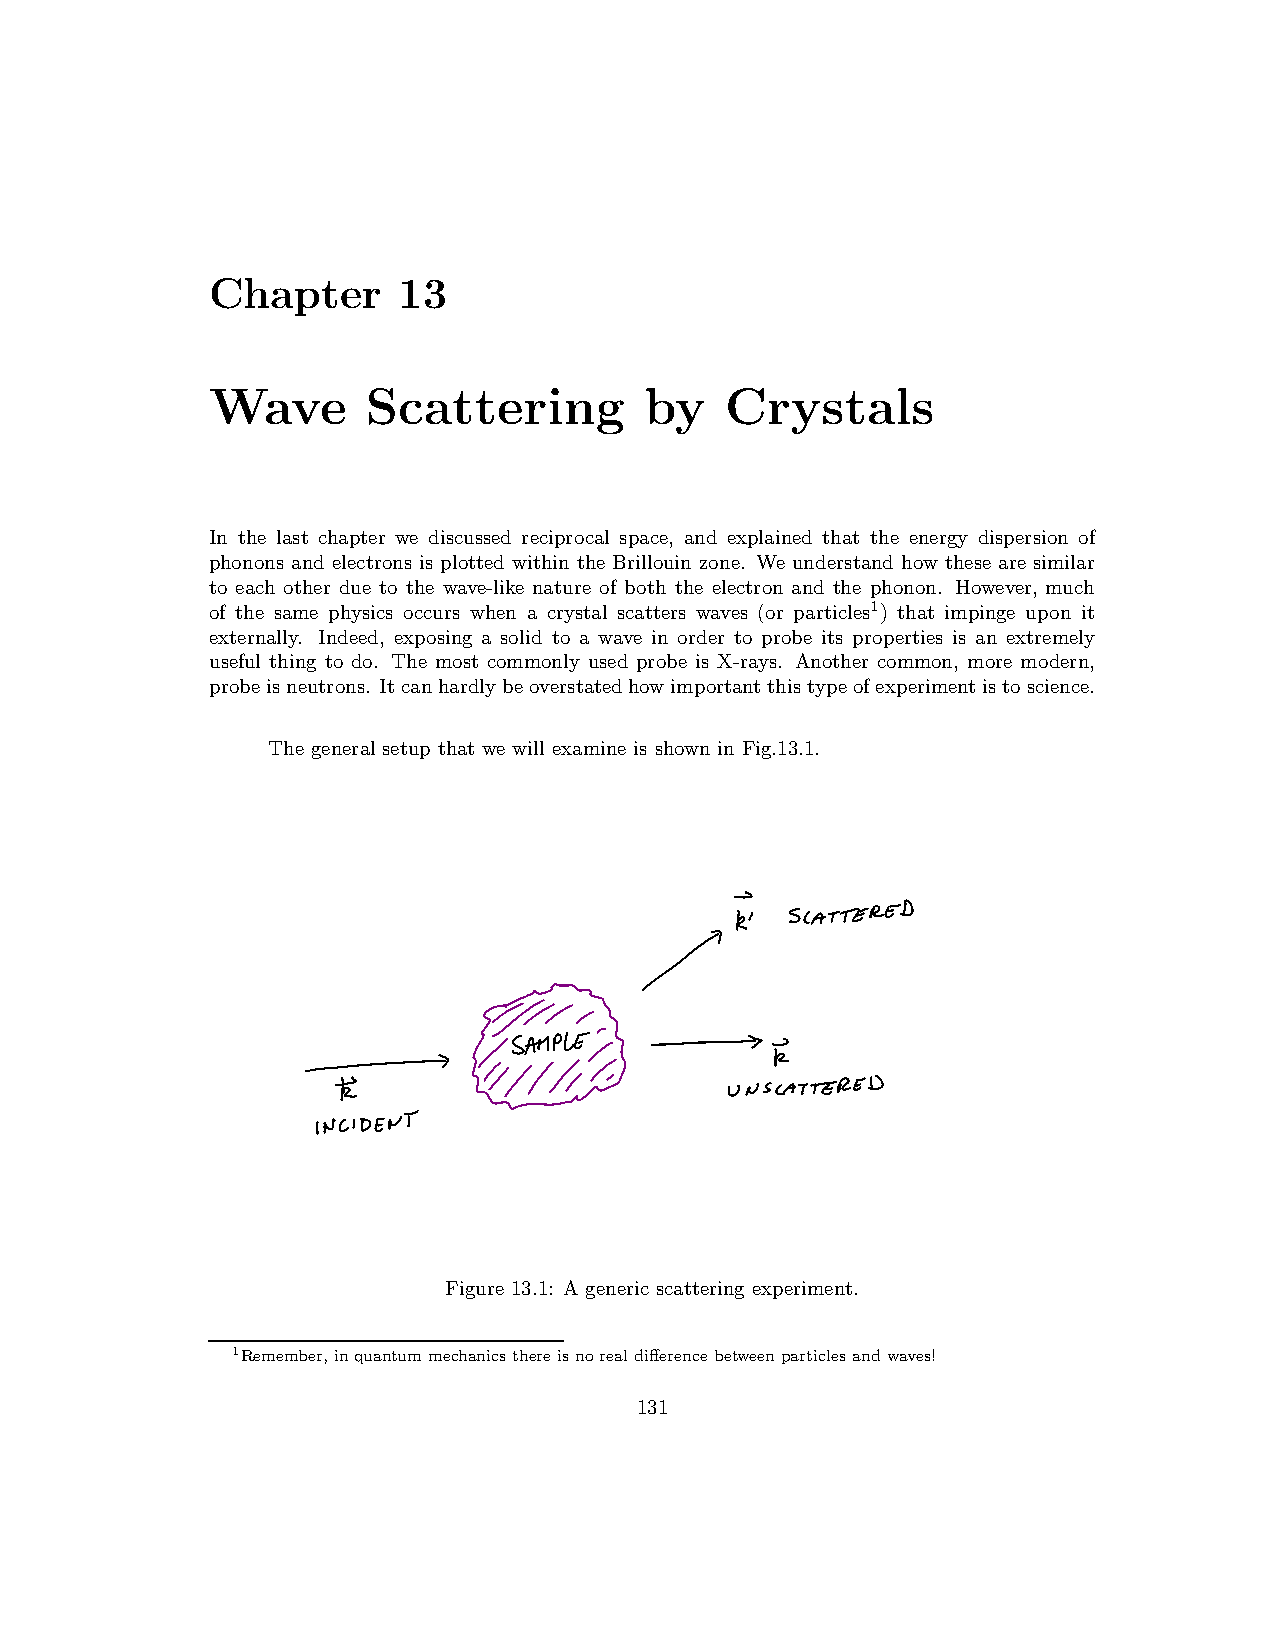
Chapter     13
 Wave      Scattering         by   Crystals
 In the last chapter we discussed reciprocal space, and explained that the energy dispersion of
 phonons and electrons is plotted within the Brillouin zone. We understand how these are similar
 to each other due to the wave-like nature of both the electron and the phonon. However, much
 of the same physics occurs when a crystal scatters waves (or particles1) that impinge upon it
 externally. Indeed, exposing a solid to a wave in order to probe its properties is an extremely
 useful thing to do. The most commonly used probe is X-rays. Another common, more modern,
 probeisneutrons. Itcanhardlybeoverstatedhowimportantthistypeofexperimentistoscience.
 The general setup that we will examine is shown in Fig.13.1.
 Figure 13.1: A generic scattering experiment.
 1Remember,inquantum mechanics thereisnorealdifferencebetweenparticlesandwaves!
 131